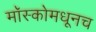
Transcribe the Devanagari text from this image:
मॉस्कोमधूनच